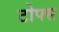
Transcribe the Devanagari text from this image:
टोफ्स